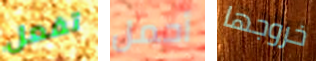
تفعل أحمل خروجها